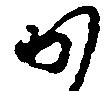
か